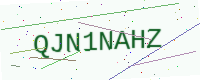
Text: QJN1NAHZ